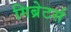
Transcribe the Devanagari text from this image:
गिब्रेटर्स